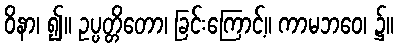
ဝိနာ၊ ၍။ ဥပ္ပတ္တိတော၊ ခြင်းကြောင့်။ ကာမဘဝေ၊ ၌။